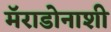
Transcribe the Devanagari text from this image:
मॅराडोनाशी